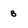
Character: B